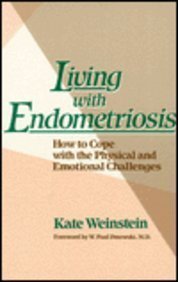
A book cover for Living With Endometriosis: How to Cope With the Physical and Emotional Challenges; Kate Weinstein; Health, Fitness & Dieting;